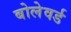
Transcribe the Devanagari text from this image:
बोलेवर्ड